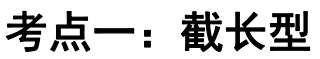
考点一：截长型